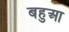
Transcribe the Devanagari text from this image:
बहुआ